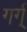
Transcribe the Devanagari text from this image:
गर्ग्